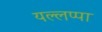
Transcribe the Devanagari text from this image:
यल्लप्पा